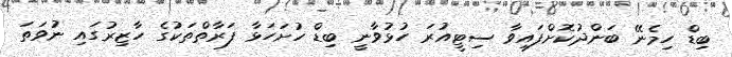
ބިޑް ހިމެނޭ ބަންދުކޮށްފައިވާ ސިޓީއުރަ ހުޅުވާނީ ބިޑް ހުށަހަޅާ ފަރާތްތަކުގެ ހާޒިރުގައި ނުވަތަ